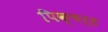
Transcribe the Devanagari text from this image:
पिक्चर्ड